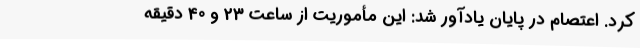
کرد. اعتصام در پایان یادآور شد: این مأموریت از ساعت 23 و 40 دقیقه